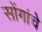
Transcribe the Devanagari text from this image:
सोंगांचे